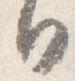
日